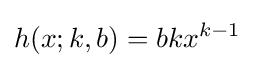
h(x;k,b)=bkx^{k-1}